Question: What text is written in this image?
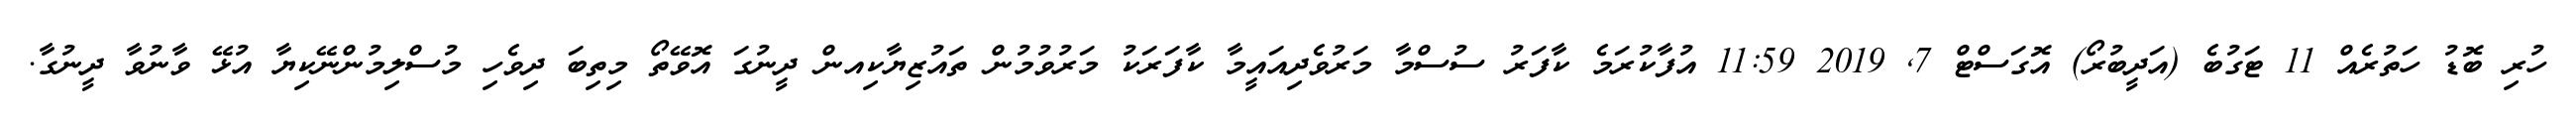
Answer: ހުރި ބޮޑު ހަތުރެއް 11 ޓަގުބެ (އަދީބުރޯ) އޮގަސްޓް 7, 2019 11:59 އުފާކުރަމެ ކާފަރު ސުސްމާ މަރުވެދިއައީމާ ކާފަރަކު މަރުވުމުން ތައުޒިޔާކިއން ދީނުގަ އޮވޭތޯ މިތިބަ ދިވެހި މުސްލިމުންނޭކިޔާ އުޅޭ ވާނުވާ ދީނުގާ.